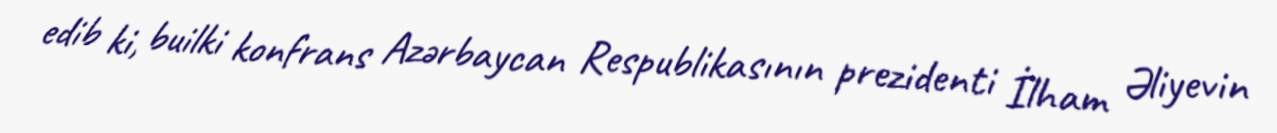
edib ki, builki konfrans Azərbaycan Respublikasının prezidenti İlham Əliyevin